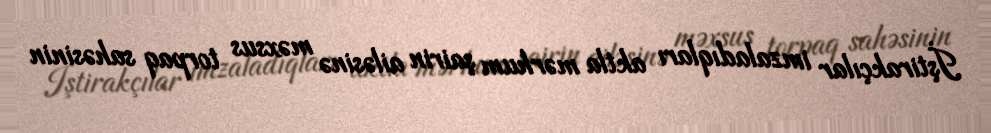
İştirakçılar imzaladıqları aktla mərhum şairin ailəsinə məxsus torpaq sahəsinin